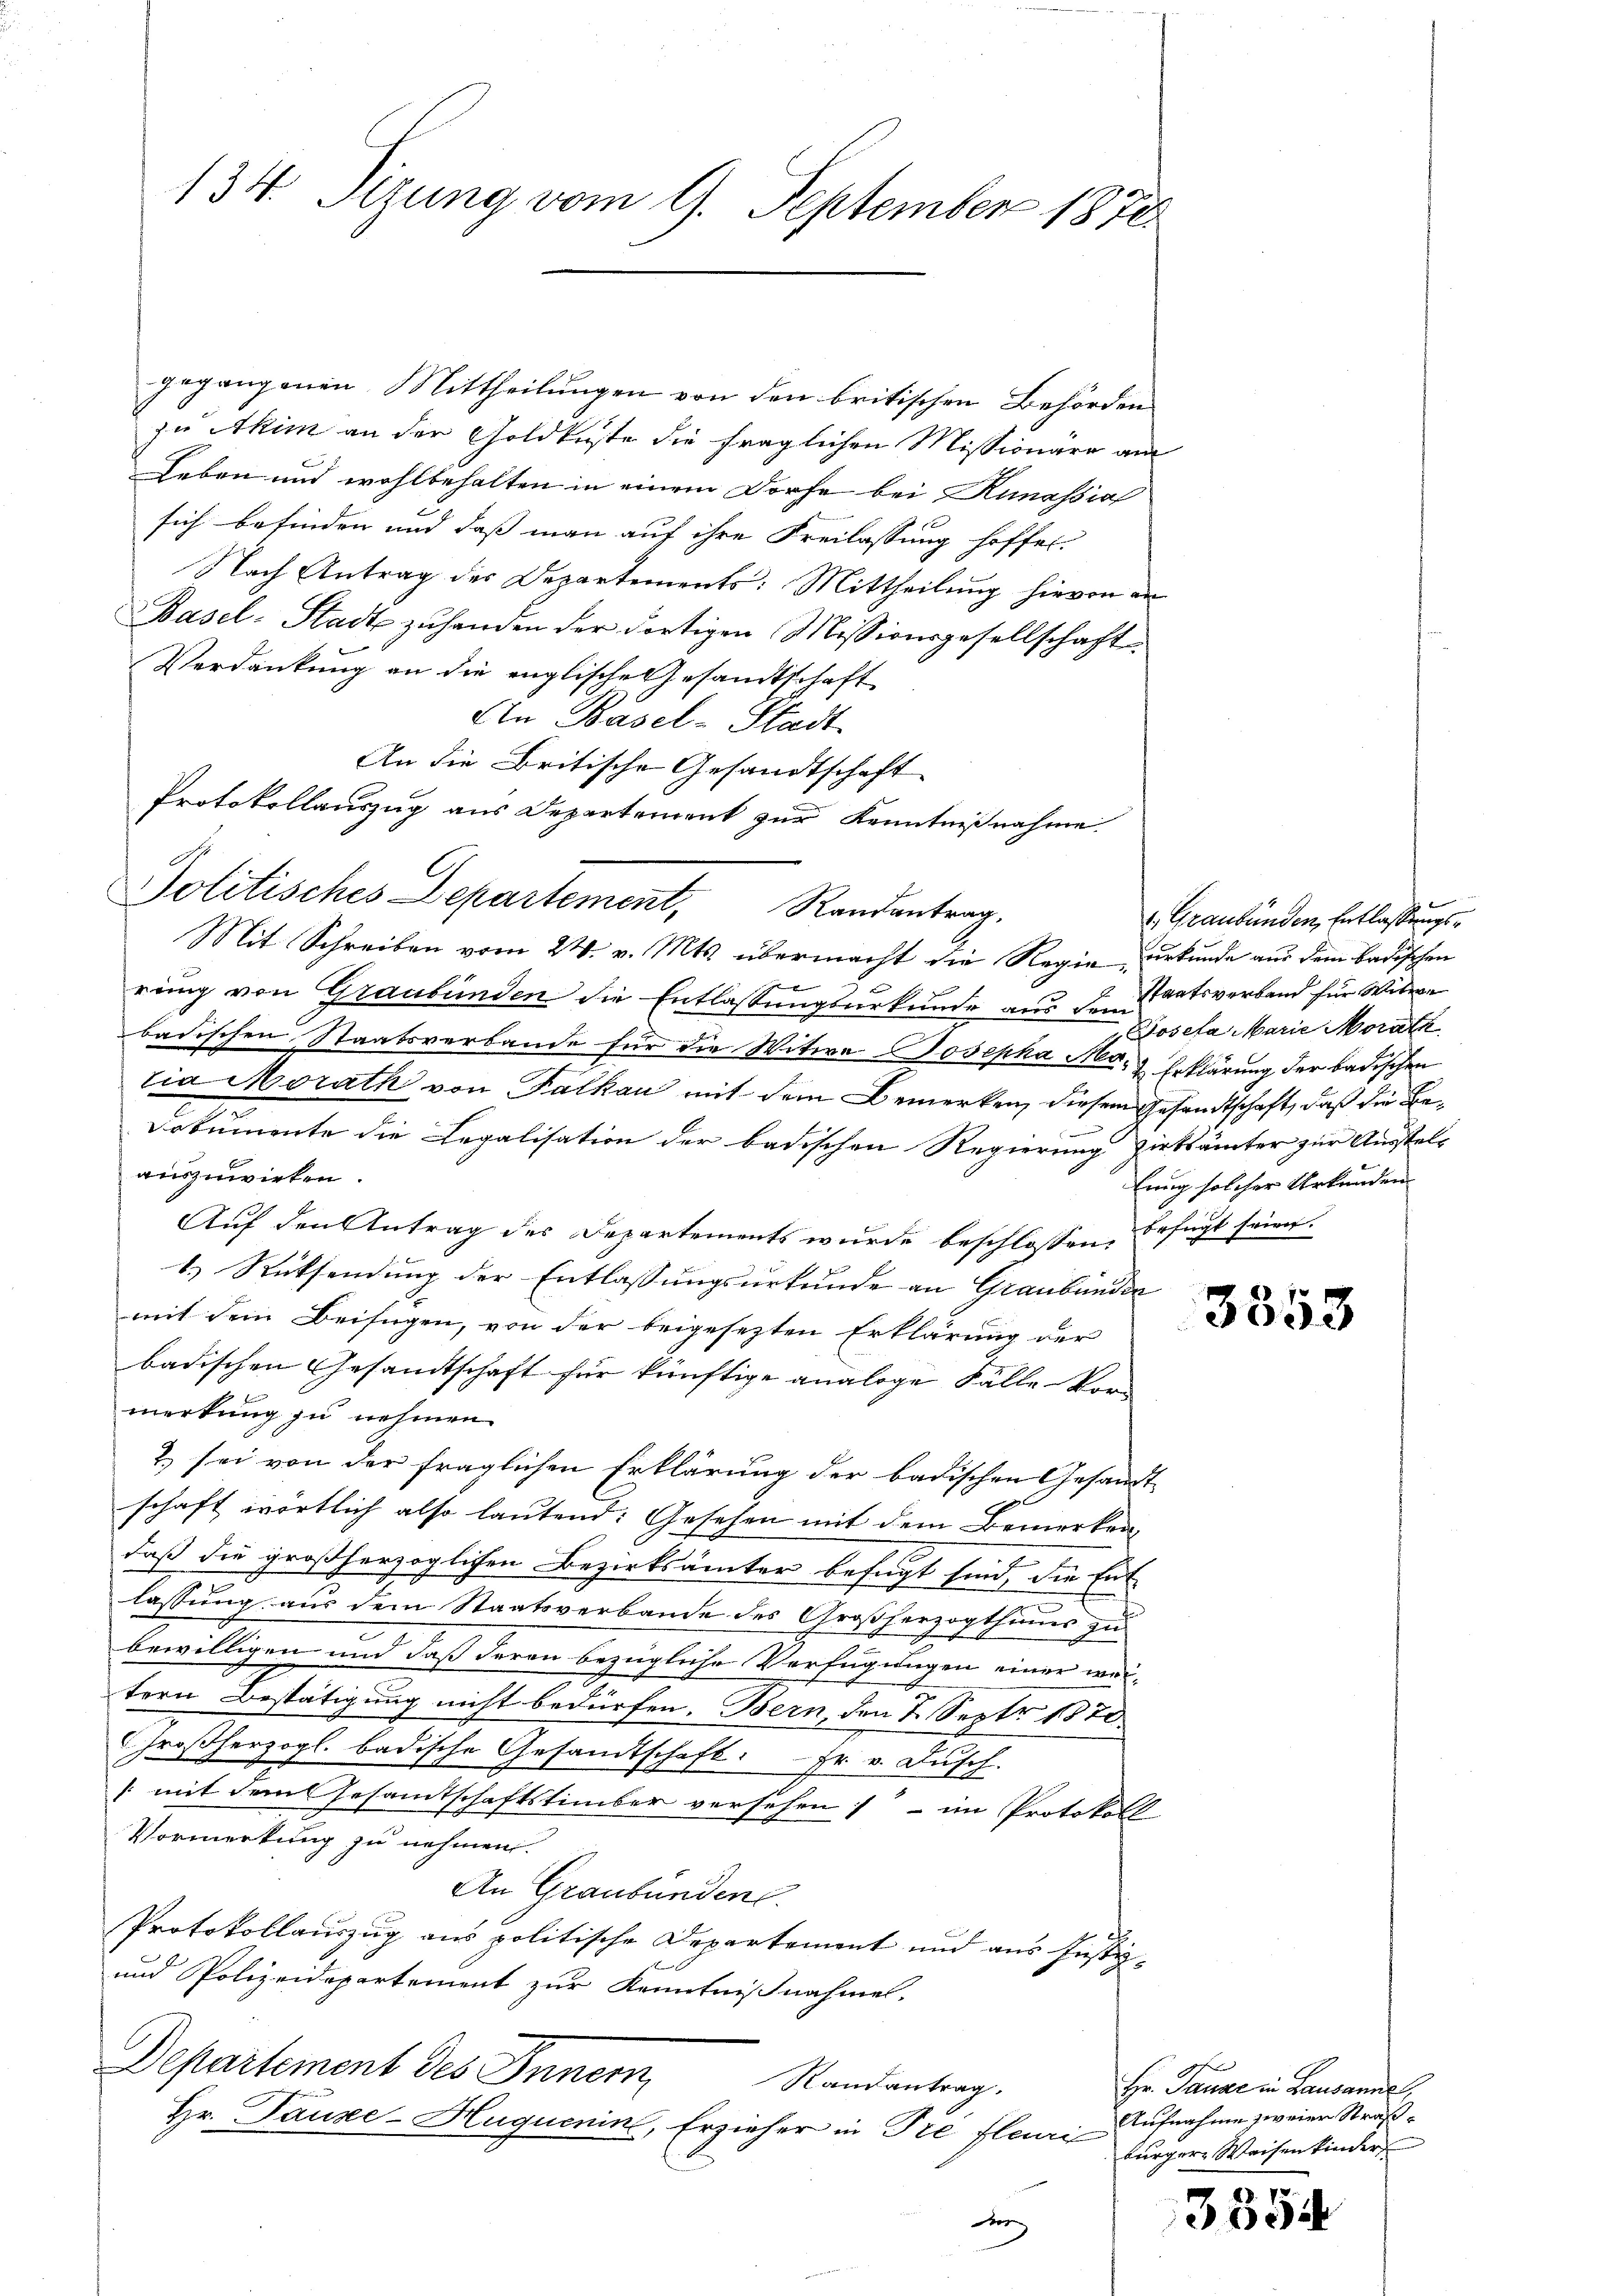
134. Sizung vom 9. September 1878

gegangenen Mittheilungen von den britischen Behörden
zu Akim an der Goldküste die fraglichen Missionäre am
Leben und wohlbehalten in einem Dorfe bei Kunassia
sich befinden und daß man auf ihre Freilassung hoffet.
Nach Antrag des Departements: Mittheilung hievon an
Basel-Stadt zu handen der dortigen Missionsgesellschaft
Verdankung an die englische Gesandtschaft
An Basel-Stadt
An die Britische Gesandtschaft
St.
rung von Graubünden die Entlassungsurkunde aus de Staatsverband für Witwe
badischen Staatsverbande für die Witwe Josepha Mo- & Erklärung der badischen
tia Morath von Falkau mit dem Bemerken, diesem Gesandtschaft, daß die Be¬
Dokumente die Legalisation der badischen Regierung zirksämter zur Ausstel-
auszuwirken.
Auf den Antrag des Departements wurde beschlossen befugt seien.
1.) Rücksendung der Entlassungsurkunde an Graubünden
mit dem Beifügen, von der beigesezten Erklärung der
badischen Gesandtschaft für künftige analoge Fälle Vor-
merkung zu nehmen
2) sei von der fraglichen Erklärung der badischen Gesandt
schaft wörtlich also lautend: Gesehen mit dem Bemerken,
daß die großherzoglichen Bezirksämter befugt sind, die Ent-
lassung aus dem Staatsverbande des Großherzogthums zu
bewilligen und daß daran bezügliche Verfügungen einer wei-
tern Bestätigung nicht bedürfen. Bern, den 7. Sept 1870
Großherzogl. badische Gesandtschaft: Fr. v. Dusch.
(mit dem Gesamtschaftstember versehen, - im Protokoll
Vormerkung zu nehmen.
An Graubünden.
Protokollauszug aus politische Departement und aus Justiz-
und Polizeidepartement zur Kenntnißnahmen.
Departement des Innern Randantrag
Hr. Pauze-Huquenin, Erzieher in Pre flei
te

Protokollauszug aus Departement zur Kenntnißnahme.
Politisches Departement, Randantrag,
Mit Schreiben vom 24. v. Mts. übermacht die Regie urkunde aus dem badischen

1. Graubünden Entlassungs¬
Josefa Marie Morath
lung solcher Urkunden

3358

d
Hr. Pause in Lausanne,
Aufnahme zweier Straßbürger Weisen kinder

3354